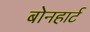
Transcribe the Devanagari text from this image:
बोनहार्ट